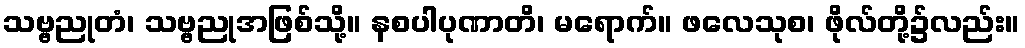
သဗ္ဗညုတံ၊ သဗ္ဗညုအဖြစ်သို့။ နစပါပုဏာတိ၊ မရောက်။ ဖလေသုစ၊ ဖိုလ်တို့၌လည်း။